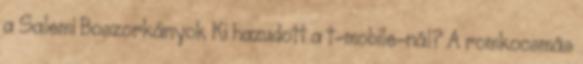
a Salemi Boszorkányok Ki hazudott a t-mobile-nál? A romkocsmás